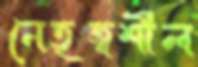
নেতৃত্বশীল